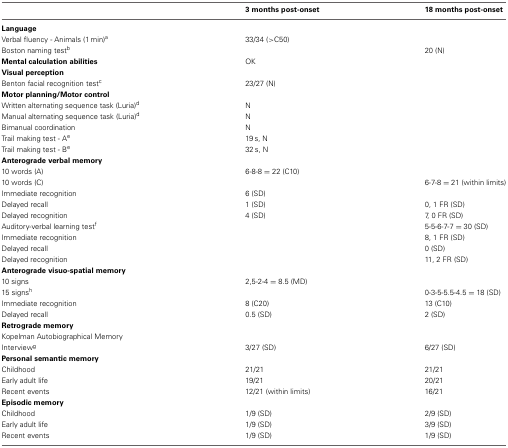
<table><thead><tr><td></td><td><b>3 months post-onset</b></td><td><b>18 months post-onset</b></td></tr></thead><tbody><tr><td><b>Language</b></td><td></td><td></td></tr><tr><td>Verbal fluency - Animals (1 min)<sup>a</sup></td><td>33/34 (&gt;C50)</td><td></td></tr><tr><td>Boston naming test<sup>b</sup></td><td></td><td>20 (N)</td></tr><tr><td><b>Mental calculation abilities</b></td><td>OK</td><td></td></tr><tr><td><b>Visual perception</b></td><td></td><td></td></tr><tr><td>Benton facial recognition test<sup>c</sup></td><td>23/27 (N)</td><td></td></tr><tr><td><b>Motor planning/Motor control</b></td><td></td><td></td></tr><tr><td>Written alternating sequence task (Luria)<sup>d</sup></td><td>N</td><td></td></tr><tr><td>Manual alternating sequence task (Luria)<sup>d</sup></td><td>N</td><td></td></tr><tr><td>Bimanual coordination</td><td>N</td><td></td></tr><tr><td>Trail making test - A<sup>e</sup></td><td>19 s, N</td><td></td></tr><tr><td>Trail making test - B<sup>e</sup></td><td>32 s, N</td><td></td></tr><tr><td><b>Anterograde verbal memory</b></td><td></td><td></td></tr><tr><td>10 words (A)</td><td>6-8-8 = 22 (C10)</td><td></td></tr><tr><td>10 words (C)</td><td></td><td>6-7-8 = 21 (within limits)</td></tr><tr><td>Immediate recognition</td><td>6 (SD)</td><td></td></tr><tr><td>Delayed recall</td><td>1 (SD)</td><td>0, 1 FR (SD)</td></tr><tr><td>Delayed recognition</td><td>4 (SD)</td><td>7, 0 FR (SD)</td></tr><tr><td>Auditory-verbal learning test<sup>f</sup></td><td></td><td>5-5-6-7-7 = 30 (SD)</td></tr><tr><td>Immediate recognition</td><td></td><td>8, 1 FR (SD)</td></tr><tr><td>Delayed recall</td><td></td><td>0 (SD)</td></tr><tr><td>Delayed recognition</td><td></td><td>11, 2 FR (SD)</td></tr><tr><td><b>Anterograde visuo-spatial memory</b></td><td></td><td></td></tr><tr><td>10 signs</td><td>2,5-2-4 = 8.5 (MD)</td><td></td></tr><tr><td>15 signs<sup>h</sup></td><td></td><td>0-3-5-5.5-4.5 = 18 (SD)</td></tr><tr><td>Immediate recognition</td><td>8 (C20)</td><td>13 (C10)</td></tr><tr><td>Delayed recall</td><td>0.5 (SD)</td><td>2 (SD)</td></tr><tr><td><b>Retrograde memory</b></td><td></td><td></td></tr><tr><td>Kopelman Autobiographical Memory</td><td></td><td></td></tr><tr><td>Interview<sup>g</sup></td><td>3/27 (SD)</td><td>6/27 (SD)</td></tr><tr><td><b>Personal semantic memory</b></td><td></td><td></td></tr><tr><td>Childhood</td><td>21/21</td><td>21/21</td></tr><tr><td>Early adult life</td><td>19/21</td><td>20/21</td></tr><tr><td>Recent events</td><td>12/21 (within limits)</td><td>16/21</td></tr><tr><td><b>Episodic memory</b></td><td></td><td></td></tr><tr><td>Childhood</td><td>1/9 (SD)</td><td>2/9 (SD)</td></tr><tr><td>Early adult life</td><td>1/9 (SD)</td><td>3/9 (SD)</td></tr><tr><td>Recent events</td><td>1/9 (SD)</td><td>1/9 (SD)</td></tr></tbody></table>